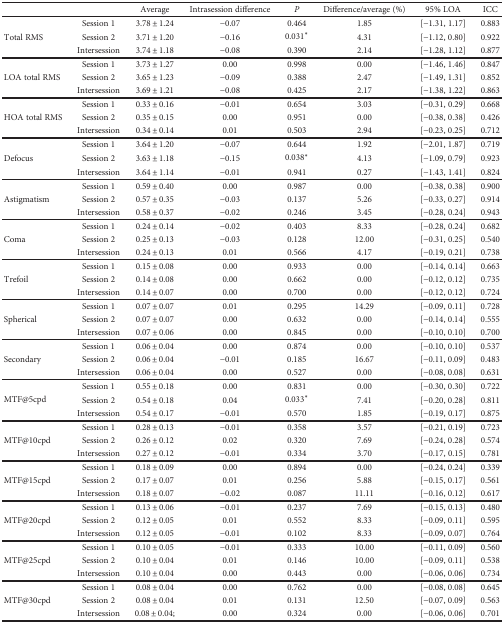
<table><thead><tr><td colspan="2"></td><td><b>Average</b></td><td><b>Intrasession difference</b></td><td><b><i>P</i></b></td><td><b>Difference/average (%)</b></td><td><b>95% LOA</b></td><td><b>ICC</b></td></tr></thead><tbody><tr><td rowspan="3">Total RMS</td><td>Session 1</td><td>3.78 ± 1.24</td><td>−0.07</td><td>0.464</td><td>1.85</td><td>[−1.31, 1.17]</td><td>0.883</td></tr><tr><td>Session 2</td><td>3.71 ± 1.20</td><td>−0.16</td><td>0.031<sup>∗</sup></td><td>4.31</td><td>[−1.12, 0.80]</td><td>0.922</td></tr><tr><td>Intersession</td><td>3.74 ± 1.18</td><td>−0.08</td><td>0.390</td><td>2.14</td><td>[−1.28, 1.12]</td><td>0.877</td></tr><tr><td rowspan="3">LOA total RMS</td><td>Session 1</td><td>3.73 ± 1.27</td><td>0.00</td><td>0.998</td><td>0.00</td><td>[−1.46, 1.46]</td><td>0.847</td></tr><tr><td>Session 2</td><td>3.65 ± 1.23</td><td>−0.09</td><td>0.388</td><td>2.47</td><td>[−1.49, 1.31]</td><td>0.852</td></tr><tr><td>Intersession</td><td>3.69 ± 1.21</td><td>−0.08</td><td>0.425</td><td>2.17</td><td>[−1.38, 1.22]</td><td>0.863</td></tr><tr><td rowspan="3">HOA total RMS</td><td>Session 1</td><td>0.33 ± 0.16</td><td>−0.01</td><td>0.654</td><td>3.03</td><td>[−0.31, 0.29]</td><td>0.668</td></tr><tr><td>Session 2</td><td>0.35 ± 0.15</td><td>0.00</td><td>0.951</td><td>0.00</td><td>[−0.38, 0.38]</td><td>0.426</td></tr><tr><td>Intersession</td><td>0.34 ± 0.14</td><td>0.01</td><td>0.503</td><td>2.94</td><td>[−0.23, 0.25]</td><td>0.712</td></tr><tr><td rowspan="3">Defocus</td><td>Session 1</td><td>3.64 ± 1.20</td><td>−0.07</td><td>0.644</td><td>1.92</td><td>[−2.01, 1.87]</td><td>0.719</td></tr><tr><td>Session 2</td><td>3.63 ± 1.18</td><td>−0.15</td><td>0.038<sup>∗</sup></td><td>4.13</td><td>[−1.09, 0.79]</td><td>0.923</td></tr><tr><td>Intersession</td><td>3.64 ± 1.14</td><td>−0.01</td><td>0.941</td><td>0.27</td><td>[−1.43, 1.41]</td><td>0.824</td></tr><tr><td rowspan="3">Astigmatism</td><td>Session 1</td><td>0.59 ± 0.40</td><td>0.00</td><td>0.987</td><td>0.00</td><td>[−0.38, 0.38]</td><td>0.900</td></tr><tr><td>Session 2</td><td>0.57 ± 0.35</td><td>−0.03</td><td>0.137</td><td>5.26</td><td>[−0.33, 0.27]</td><td>0.914</td></tr><tr><td>Intersession</td><td>0.58 ± 0.37</td><td>−0.02</td><td>0.246</td><td>3.45</td><td>[−0.28, 0.24]</td><td>0.943</td></tr><tr><td rowspan="3">Coma</td><td>Session 1</td><td>0.24 ± 0.14</td><td>−0.02</td><td>0.403</td><td>8.33</td><td>[−0.28, 0.24]</td><td>0.682</td></tr><tr><td>Session 2</td><td>0.25 ± 0.13</td><td>−0.03</td><td>0.128</td><td>12.00</td><td>[−0.31, 0.25]</td><td>0.540</td></tr><tr><td>Intersession</td><td>0.24 ± 0.13</td><td>0.01</td><td>0.566</td><td>4.17</td><td>[−0.19, 0.21]</td><td>0.738</td></tr><tr><td rowspan="3">Trefoil</td><td>Session 1</td><td>0.15 ± 0.08</td><td>0.00</td><td>0.933</td><td>0.00</td><td>[−0.14, 0.14]</td><td>0.663</td></tr><tr><td>Session 2</td><td>0.14 ± 0.08</td><td>0.00</td><td>0.662</td><td>0.00</td><td>[−0.12, 0.12]</td><td>0.735</td></tr><tr><td>Intersession</td><td>0.14 ± 0.07</td><td>0.00</td><td>0.700</td><td>0.00</td><td>[−0.12, 0.12]</td><td>0.724</td></tr><tr><td rowspan="3">Spherical</td><td>Session 1</td><td>0.07 ± 0.07</td><td>0.01</td><td>0.295</td><td>14.29</td><td>[−0.09, 0.11]</td><td>0.728</td></tr><tr><td>Session 2</td><td>0.07 ± 0.07</td><td>0.00</td><td>0.632</td><td>0.00</td><td>[−0.14, 0.14]</td><td>0.555</td></tr><tr><td>Intersession</td><td>0.07 ± 0.06</td><td>0.00</td><td>0.845</td><td>0.00</td><td>[−0.10, 0.10]</td><td>0.700</td></tr><tr><td rowspan="3">Secondary</td><td>Session 1</td><td>0.06 ± 0.04</td><td>0.00</td><td>0.874</td><td>0.00</td><td>[−0.10, 0.10]</td><td>0.537</td></tr><tr><td>Session 2</td><td>0.06 ± 0.04</td><td>−0.01</td><td>0.185</td><td>16.67</td><td>[−0.11, 0.09]</td><td>0.483</td></tr><tr><td>Intersession</td><td>0.06 ± 0.04</td><td>0.00</td><td>0.527</td><td>0.00</td><td>[−0.08, 0.08]</td><td>0.631</td></tr><tr><td rowspan="3">MTF@5cpd</td><td>Session 1</td><td>0.55 ± 0.18</td><td>0.00</td><td>0.831</td><td>0.00</td><td>[−0.30, 0.30]</td><td>0.722</td></tr><tr><td>Session 2</td><td>0.54 ± 0.18</td><td>0.04</td><td>0.033<sup>∗</sup></td><td>7.41</td><td>[−0.20, 0.28]</td><td>0.811</td></tr><tr><td>Intersession</td><td>0.54 ± 0.17</td><td>−0.01</td><td>0.570</td><td>1.85</td><td>[−0.19, 0.17]</td><td>0.875</td></tr><tr><td rowspan="3">MTF@10cpd</td><td>Session 1</td><td>0.28 ± 0.13</td><td>−0.01</td><td>0.358</td><td>3.57</td><td>[−0.21, 0.19]</td><td>0.723</td></tr><tr><td>Session 2</td><td>0.26 ± 0.12</td><td>0.02</td><td>0.320</td><td>7.69</td><td>[−0.24, 0.28]</td><td>0.574</td></tr><tr><td>Intersession</td><td>0.27 ± 0.12</td><td>−0.01</td><td>0.334</td><td>3.70</td><td>[−0.17, 0.15]</td><td>0.781</td></tr><tr><td rowspan="3">MTF@15cpd</td><td>Session 1</td><td>0.18 ± 0.09</td><td>0.00</td><td>0.894</td><td>0.00</td><td>[−0.24, 0.24]</td><td>0.339</td></tr><tr><td>Session 2</td><td>0.17 ± 0.07</td><td>0.01</td><td>0.256</td><td>5.88</td><td>[−0.15, 0.17]</td><td>0.561</td></tr><tr><td>Intersession</td><td>0.18 ± 0.07</td><td>−0.02</td><td>0.087</td><td>11.11</td><td>[−0.16, 0.12]</td><td>0.617</td></tr><tr><td rowspan="3">MTF@20cpd</td><td>Session 1</td><td>0.13 ± 0.06</td><td>−0.01</td><td>0.237</td><td>7.69</td><td>[−0.15, 0.13]</td><td>0.480</td></tr><tr><td>Session 2</td><td>0.12 ± 0.05</td><td>0.01</td><td>0.552</td><td>8.33</td><td>[−0.09, 0.11]</td><td>0.595</td></tr><tr><td>Intersession</td><td>0.12 ± 0.05</td><td>−0.01</td><td>0.102</td><td>8.33</td><td>[−0.09, 0.07]</td><td>0.764</td></tr><tr><td rowspan="3">MTF@25cpd</td><td>Session 1</td><td>0.10 ± 0.05</td><td>−0.01</td><td>0.333</td><td>10.00</td><td>[−0.11, 0.09]</td><td>0.560</td></tr><tr><td>Session 2</td><td>0.10 ± 0.04</td><td>0.01</td><td>0.146</td><td>10.00</td><td>[−0.09, 0.11]</td><td>0.538</td></tr><tr><td>Intersession</td><td>0.10 ± 0.04</td><td>0.00</td><td>0.443</td><td>0.00</td><td>[−0.06, 0.06]</td><td>0.734</td></tr><tr><td rowspan="3">MTF@30cpd</td><td>Session 1</td><td>0.08 ± 0.04</td><td>0.00</td><td>0.762</td><td>0.00</td><td>[−0.08, 0.08]</td><td>0.645</td></tr><tr><td>Session 2</td><td>0.08 ± 0.04</td><td>0.01</td><td>0.131</td><td>12.50</td><td>[−0.07, 0.09]</td><td>0.563</td></tr><tr><td>Intersession</td><td>0.08 ± 0.04;</td><td>0.00</td><td>0.324</td><td>0.00</td><td>[−0.06, 0.06]</td><td>0.701</td></tr></tbody></table>